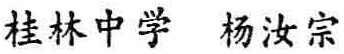
桂林中学 杨汝宗